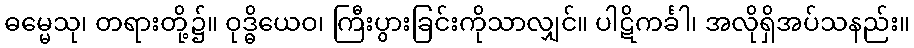
ဓမ္မေသု၊ တရားတို့၌။ ဝုဒ္ဓိယေဝ၊ ကြီးပွားခြင်းကိုသာလျှင်။ ပါဋိကင်္ခါ၊ အလိုရှိအပ်သနည်း။